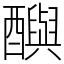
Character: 𨣦